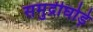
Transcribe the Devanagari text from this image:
समुद्रीघोड़े